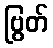
ဗြွတ်